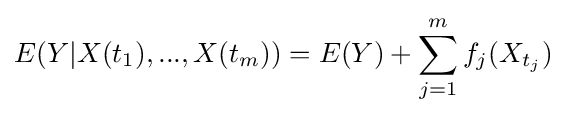
E(Y|X(t_{1}),...,X(t_{m}))=E(Y)+\sum _{j=1}^{m}f_{j}(X_{t_{j}})